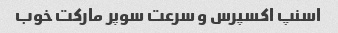
اسنپ اکسپرس و سرعت سوپر مارکت خوب